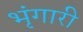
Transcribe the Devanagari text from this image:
भृंगारी